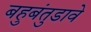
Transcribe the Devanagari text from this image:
बहुबंतुडावे